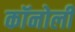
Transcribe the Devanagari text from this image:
कॉनोली